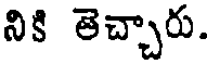
నికి తెచ్చారు.